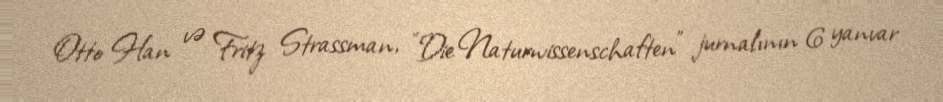
Otto Han və Fritz Strassman, "Die Naturwissenschaften" jurnalının 6 yanvar